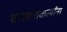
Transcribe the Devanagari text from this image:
वसाहतकर्त्यांना